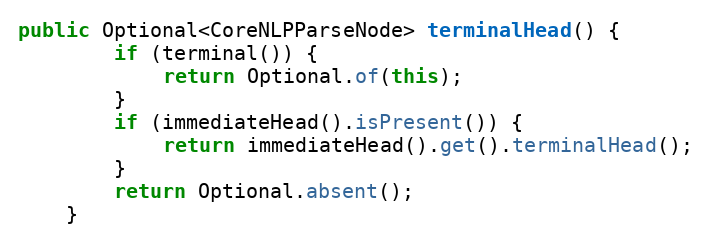
Language: Java
public Optional<CoreNLPParseNode> terminalHead() {
        if (terminal()) {
            return Optional.of(this);
        }
        if (immediateHead().isPresent()) {
            return immediateHead().get().terminalHead();
        }
        return Optional.absent();
    }